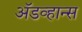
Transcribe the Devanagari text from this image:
अॅडव्हान्स